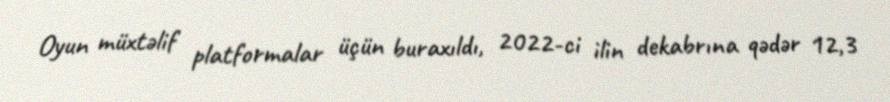
Oyun müxtəlif platformalar üçün buraxıldı, 2022-ci ilin dekabrına qədər 12,3